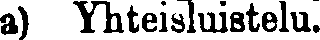
a) Yhteisluistelu.